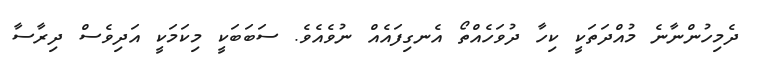
ދެމިހުންނާނެ މުއްދަތަކީ ކިހާ ދުވަހެއްތޯ އެނގިފައެއް ނުވެއެވެ. ސަބަބަކީ މިކަމަކީ އަދިވެސް ދިރާސާ